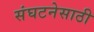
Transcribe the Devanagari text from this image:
संघटनेसाठी